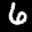
Label: 6